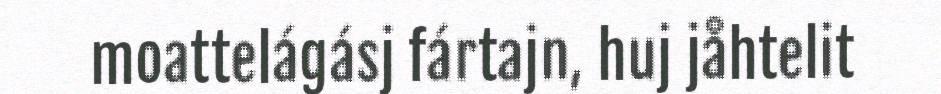
moattelágásj fártajn, huj jåhtelit